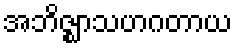
အဘိဇ္ဈာသဟဂတာယ